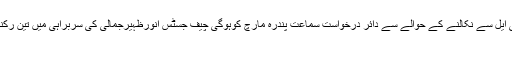
سپریم کورٹ میں پرویز مشرف کا نام ای سی ایل سے نکالنے کے حوالے سے دائر درخواست سماعت پندرہ مارچ کوہوگی چیف جسٹس انورظہیرجمالی کی سربراہی میں تین رکنی بنچ15 مارچ کوکیس کی سماعت کرے گا
اسلام آباد (اُردو پوائنٹ اخبارتازہ ترین۔